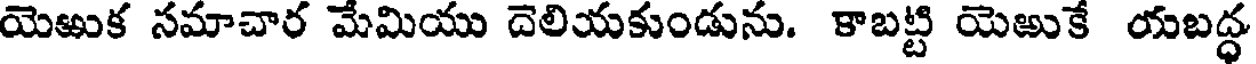
యెఱుక సమాచార మేమియు దెలియకుండును. కాబట్టి యెఱుకే యబద్ధ